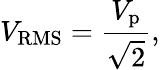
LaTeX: V_{\mathrm{RMS}}={\frac{V_{\mathrm{p}}}{\sqrt{2}}},